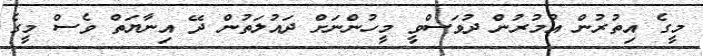
މީގެ އިތުރުން އުމުރުން ދުވަސްވީ މީހުންނަށް ދައުލަތުން ދޭ އިނާޔަތް ވެސް މީގެ